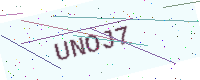
Text: UNOJ7